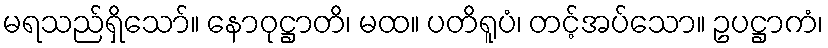
မရသည်ရှိသော်။ နောဝုဋ္ဌာတိ၊ မထ။ ပတိရူပံ၊ တင့်အပ်သော။ ဥပဋ္ဌာကံ၊